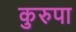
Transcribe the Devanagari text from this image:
कुरुपा